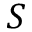
S